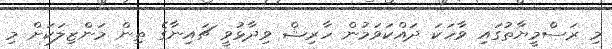
މި ރަސްމީޔާތުގައި ވާހަކަ ދައްކަވަމުން ހާރިޝް ވިދާޅުވީ ޗައިނާގެ ތިން މަންޒިލަކަށް މި